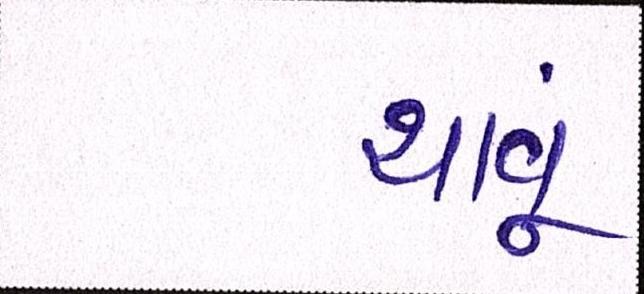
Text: થવૂં